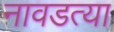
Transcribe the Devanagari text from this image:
नावडत्या